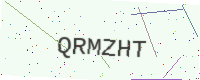
Text: QRMZHT